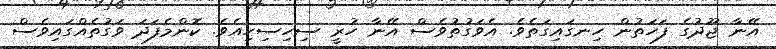
އޭނާ ޖޫދުގެ ފަހަތުން ހިނގައިގަތެވެ. އެވަގުތުވެސް އޭނާ ހުރީ ސިހިސިހިއެވެ. ކޮންމެފަދަ ވަގުތެއްގައިވެސް